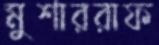
মুশাররাফ